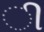
ી